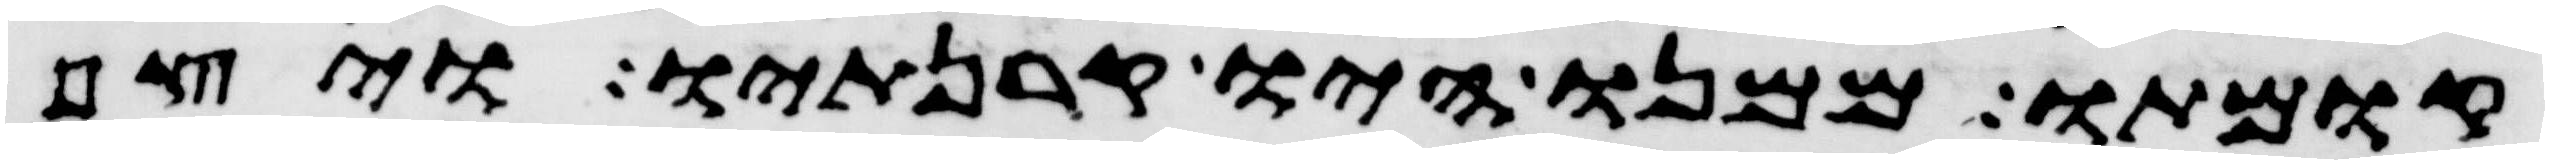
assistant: קומתו ממנו היו קרנתיו ויצף